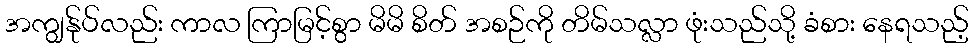
အကျွန်ုပ်လည်း ကာလ ကြာမြင့်စွာ မိမိ စိတ် အစဉ်ကို တိမ်သလ္လာ ဖုံးသည်သို့ ခံစား နေရသည့်